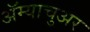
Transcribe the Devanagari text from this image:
अॅम्याचुअर